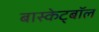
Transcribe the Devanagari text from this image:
बास्केट्बॉल